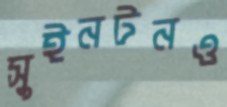
সুইনটনও